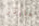
هاينز